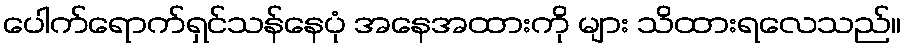
ပေါက်ရောက်ရှင်သန်နေပုံ အနေအထားကို များ သိထားရလေသည်။